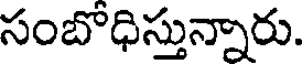
సంబోధిస్తున్నారు.